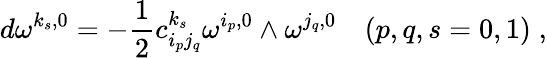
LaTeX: d\omega^{k_{s},0}=-\frac{1}{2}c_{i_{p}j_{q}}^{k_{s}}\omega^{i_{p},0}\wedge\omega^{j_{q},0}\quad(p,q,s=0,1)\; ,